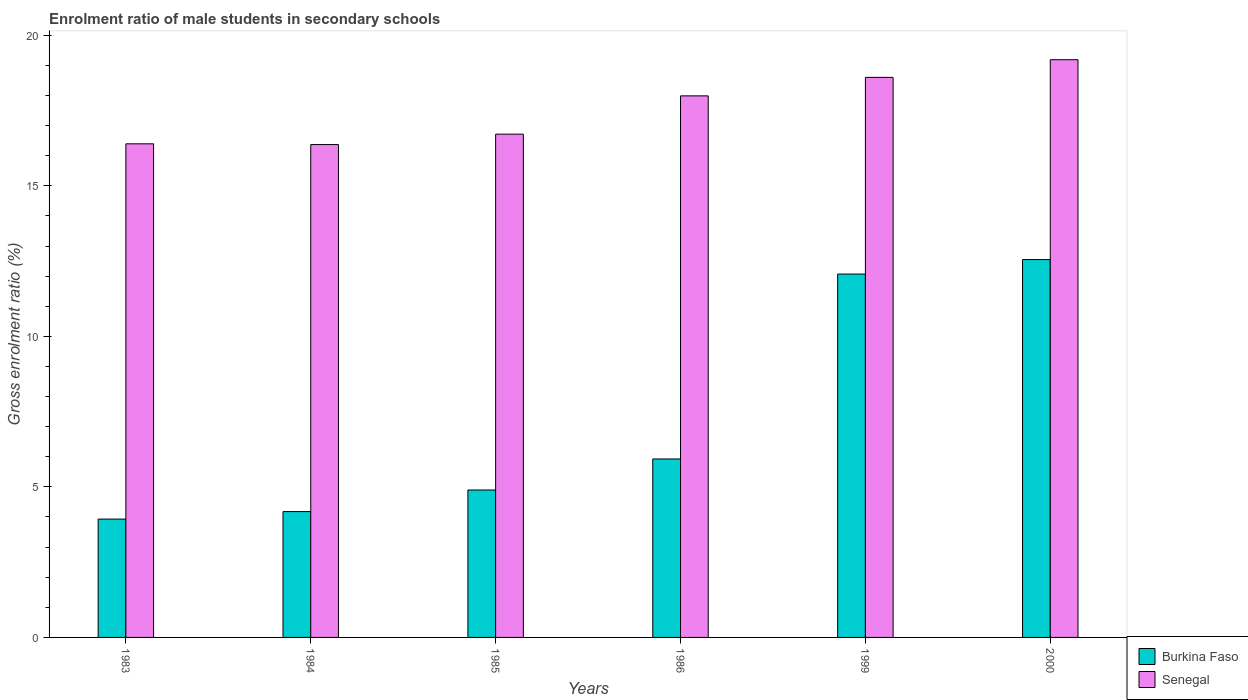
| Years | Burkina Faso | Senegal |
 | --- | --- | --- |
 | 1983 | 3.93 | 16.4 |
 | 1984 | 4.18 | 16.4 |
 | 1985 | 4.9 | 16.7 |
 | 1986 | 5.93 | 18 |
 | 1999 | 12.1 | 18.6 |
 | 2000 | 12.5 | 19.2 |